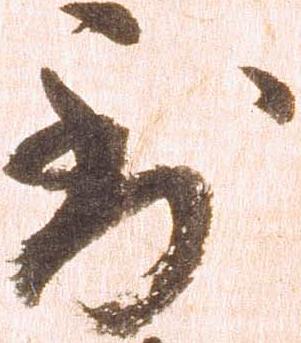
到